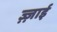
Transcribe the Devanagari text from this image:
ज़्ज़ाई